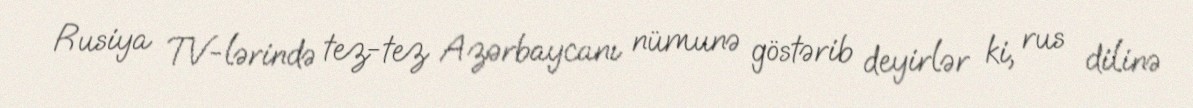
Rusiya TV-lərində tez-tez Azərbaycanı nümunə göstərib deyirlər ki, rus dilinə